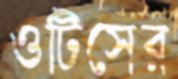
ওটিসের